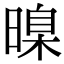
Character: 暞